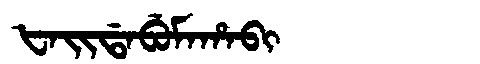
Manchu: ᡶᠠᡳᡩᠠᠪᡠᠮᠠᡥᠠᠪᡳ
Romanization: FAIDABUMAHABI